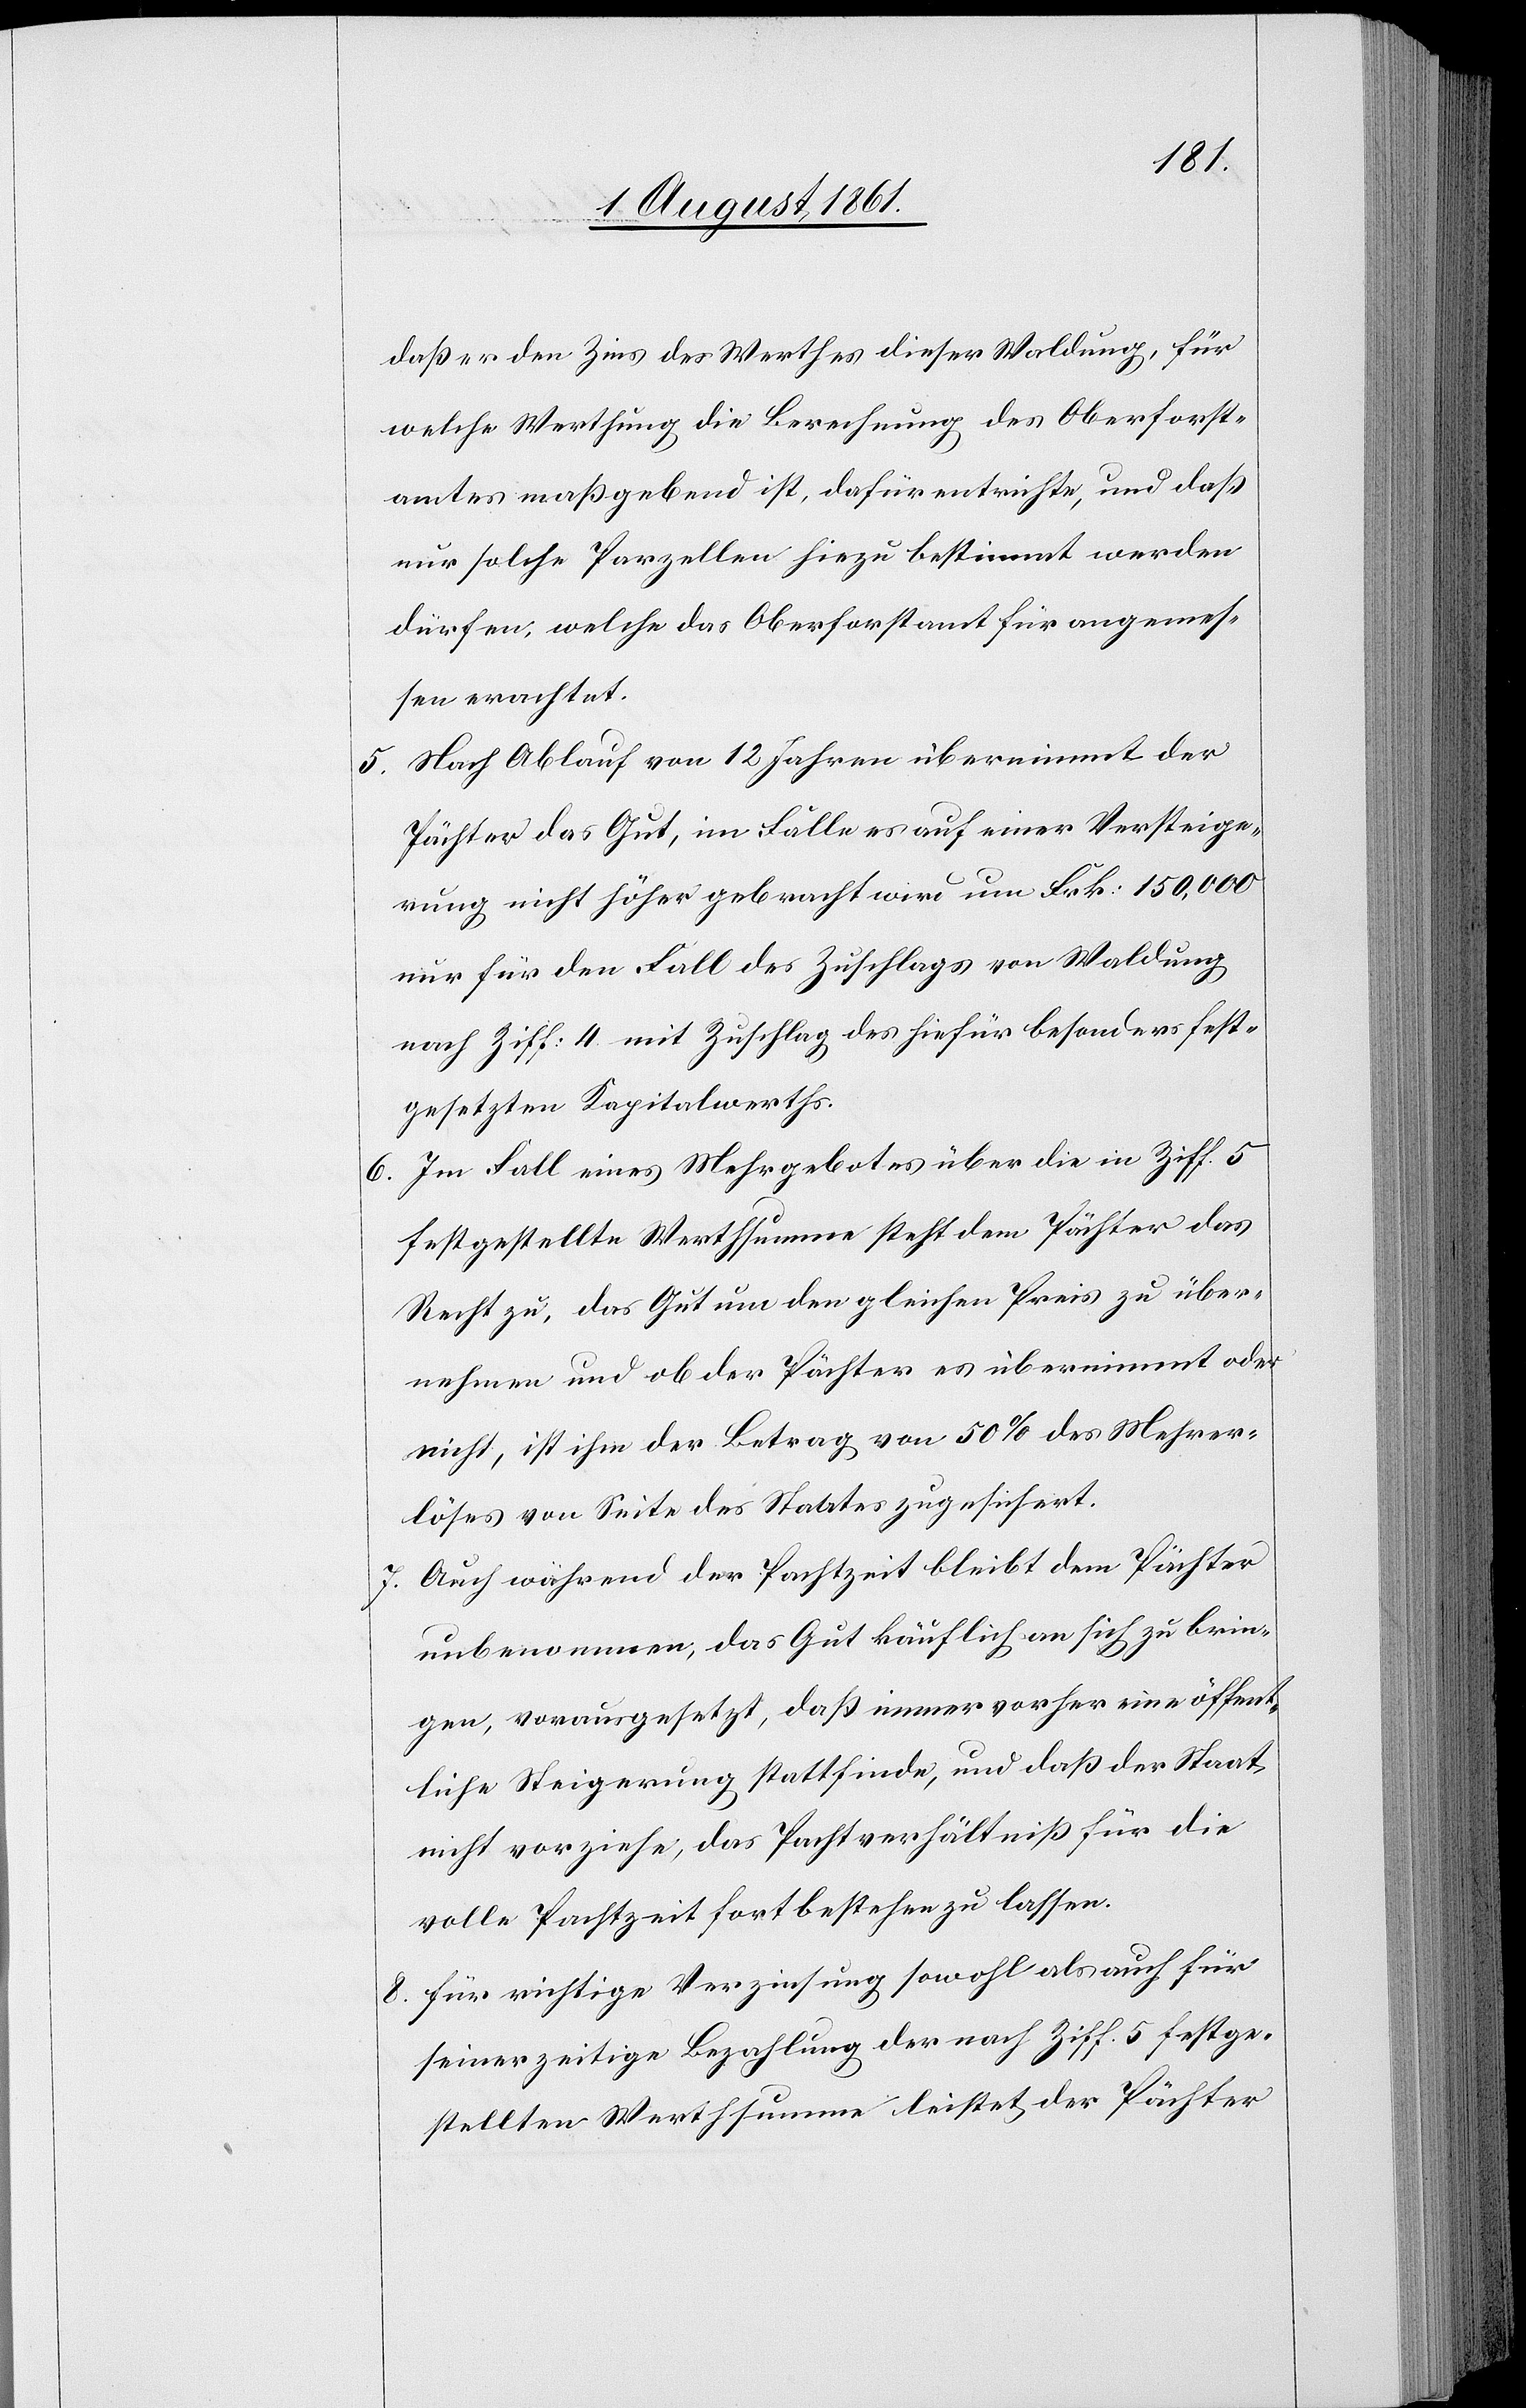
daß er den Zins des Werthes dieser Waldung, für
welche Werthung die Berechnung des Oberforst¬
amtes maßgebend ist, dafür entrichte, und daß
nur solche Parzellen hiezu bestimmt werden
dürfen, welche das Oberforstamt für angemes¬
sen erachtet.
5. Nach Ablauf von 12 Jahren übernimmt der
Pächter das Gut, im Falle es auf einer Versteige¬
rung nicht höher gebracht wird um Frk. 150,000
nur für den Fall des Zuschlages von Waldung
nach Ziff. 4 mit Zuschlag des hiefür besonders fest¬
gesetzten Kapitalwerths.
6. Im Fall eines Mehrgebotes über die in Ziff. 5
festgestellte Werthsumme steht dem Pächter das
Recht zu, das Gut um den gleichen Preis zu über¬
nehmen und ob der Pächter es übernimmt oder
nicht, ist ihm der Betrag von 50% des Mehrer¬
löses von Seite des Staates zugesichert.
7. Auch während der Pachtzeit bleibt dem Pächter
unbenommen, das Gut käuflich an sich zu brin¬
gen, vorausgesetzt, daß immer vorher eine öffent¬
liche Steigerung stattfinde, und daß der Staat
nicht vorziehe, das Pachtverhältniß für die
volle Pachtzeit fortbestehen zu lassen.
8. Für richtige Verzinsung sowohl als auch für
seinerzeitige Bezahlung der nach Ziff. 5 festge¬
stellten Werthsumme leistet der Pächter